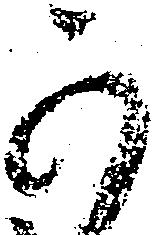
可